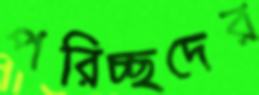
পরিচ্ছদের